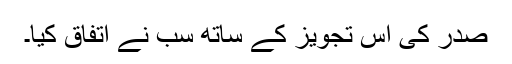
صدر کی اس تجویز کے ساتھ سب نے اتفاق کیا۔